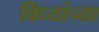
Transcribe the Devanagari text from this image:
विंध्यांच्या